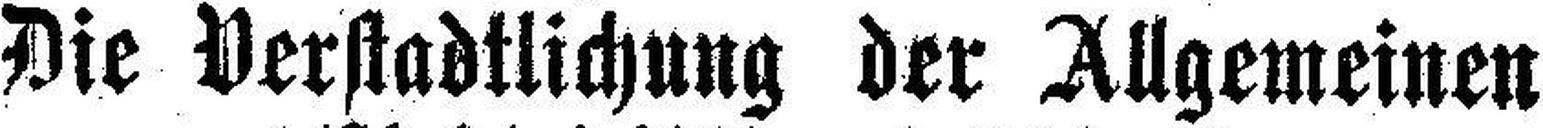
Die Verstadtlichung der Allgemeinen